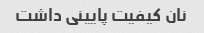
نان کیفیت پایینی داشت